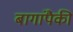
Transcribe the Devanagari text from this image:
बागांपैकी